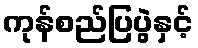
ကုန်စည်ပြပွဲနှင့်